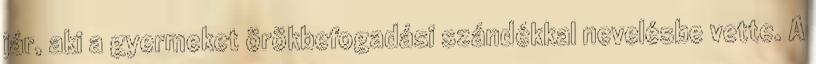
jár, aki a gyermeket örökbefogadási szándékkal nevelésbe vette. A